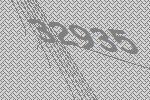
32935